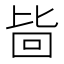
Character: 𱕾